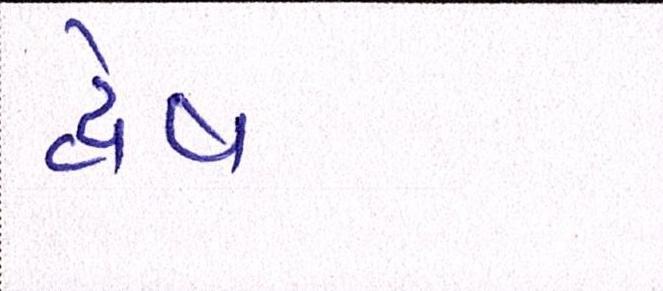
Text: દ્વેષ